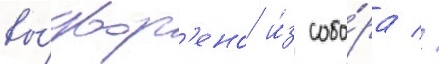
вы́двор'ено и́з собо́ра //